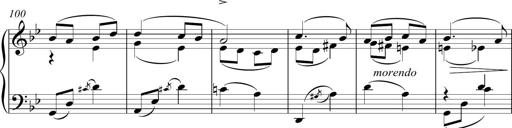
Title: Sonatina del HuÃ©car
Composer: JosÃ© Miguel Moreno Sabio